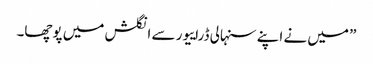
” میں نے اپنے سنہالی ڈراییور سے انگلش میں پوچھا۔